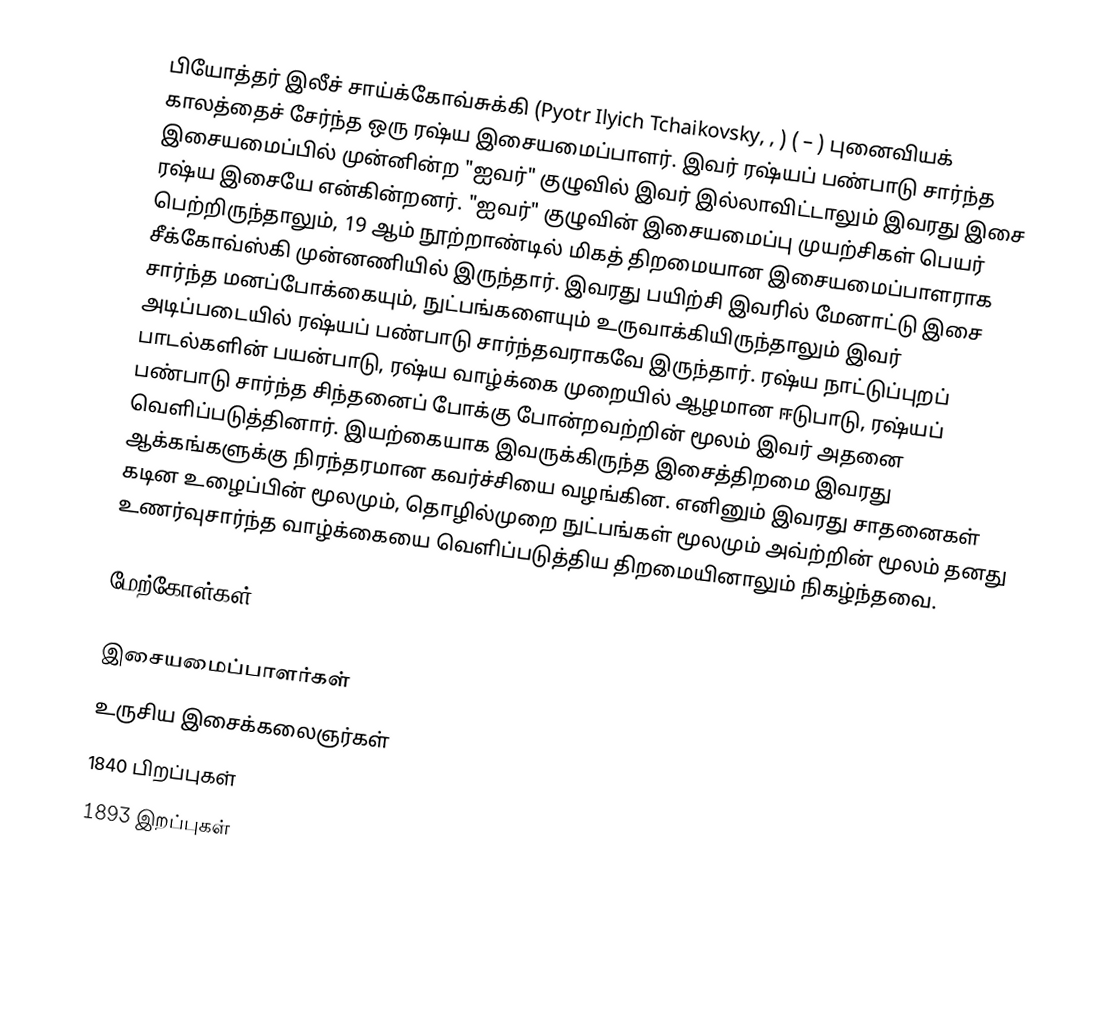
பியோத்தர் இலீச் சாய்க்கோவ்சுக்கி (Pyotr Ilyich Tchaikovsky, , ) ( – ) புனைவியக் காலத்தைச் சேர்ந்த ஒரு ரஷ்ய இசையமைப்பாளர். இவர் ரஷ்யப் பண்பாடு சார்ந்த இசையமைப்பில் முன்னின்ற "ஐவர்" குழுவில் இவர் இல்லாவிட்டாலும் இவரது இசை ரஷ்ய இசையே என்கின்றனர். "ஐவர்" குழுவின் இசையமைப்பு முயற்சிகள் பெயர் பெற்றிருந்தாலும், 19 ஆம் நூற்றாண்டில் மிகத் திறமையான இசையமைப்பாளராக சீக்கோவ்ஸ்கி முன்னணியில் இருந்தார். இவரது பயிற்சி இவரில் மேனாட்டு இசை சார்ந்த மனப்போக்கையும், நுட்பங்களையும் உருவாக்கியிருந்தாலும் இவர் அடிப்படையில் ரஷ்யப் பண்பாடு சார்ந்தவராகவே இருந்தார். ரஷ்ய நாட்டுப்புறப் பாடல்களின் பயன்பாடு, ரஷ்ய வாழ்க்கை முறையில் ஆழமான ஈடுபாடு, ரஷ்யப் பண்பாடு சார்ந்த சிந்தனைப் போக்கு போன்றவற்றின் மூலம் இவர் அதனை வெளிப்படுத்தினார். இயற்கையாக இவருக்கிருந்த இசைத்திறமை இவரது ஆக்கங்களுக்கு நிரந்தரமான கவர்ச்சியை வழங்கின. எனினும் இவரது சாதனைகள் கடின உழைப்பின் மூலமும், தொழில்முறை நுட்பங்கள் மூலமும் அவ்ற்றின் மூலம் தனது உணர்வுசார்ந்த வாழ்க்கையை வெளிப்படுத்திய திறமையினாலும் நிகழ்ந்தவை.

மேற்கோள்கள்

இசையமைப்பாளர்கள்
உருசிய இசைக்கலைஞர்கள்
1840 பிறப்புகள்
1893 இறப்புகள்